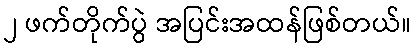
၂ ဖက်တိုက်ပွဲ အပြင်းအထန်ဖြစ်တယ်။